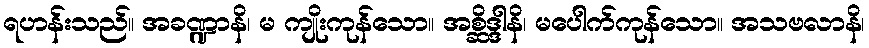
ရဟန်းသည်။ အခဏ္ဍာနိ၊ မ ကျိုးကုန်သော။ အစ္ဆိဒ္ဒါနိ၊ မပေါက်ကုန်သော။ အသဗလာနိ၊